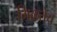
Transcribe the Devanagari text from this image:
मिळतेच